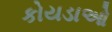
કોયડાઓ